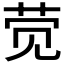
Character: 𲁖